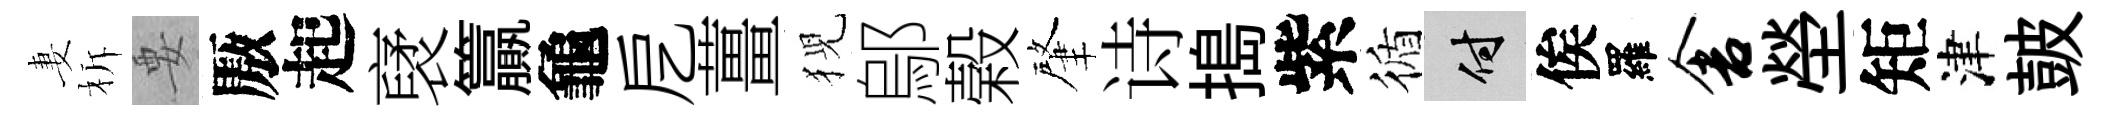
妻柝要厫起裦籯龜戹薑猊鄔榖肇诗搗紫循付俟羅舍塋矩津皷